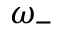
\omega _ { - }